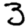
Digit: 3